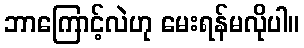
ဘာကြောင့်လဲဟု မေးရန်မလိုပါ။